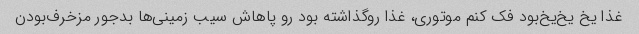
غذا یخ یخ‌یخ‌بود فک کنم‌ موتوری، غذا رو‌گذاشته بود رو پاهاش سیب زمینی‌ها بدجور مزخرف‌بودن